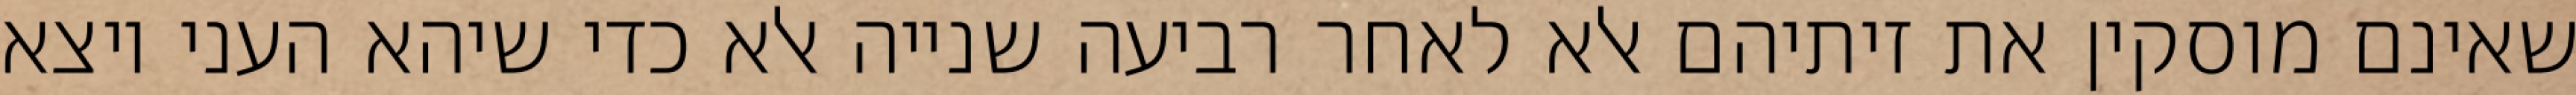
שאינם מוסקין את זיתיהם אלא לאחר רביעה שנייה אלא כדי שיהא העני יוצא